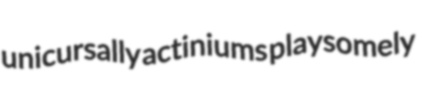
unicursally actiniums playsomely